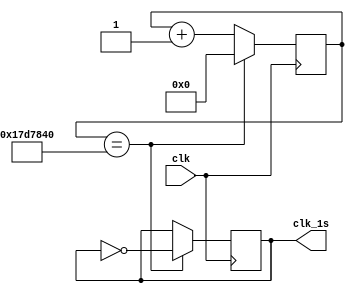
module my_clock(clk, clk_1s);
	input clk;
	output reg clk_1s=0;
	reg [24:0] count=0;
	
	always @(posedge clk)
	begin
		if(count == 25000000)
		begin
			count <= 0;
			clk_1s <= ~clk_1s;
		end
		else
			count <= count + 1;
	end
endmodule